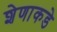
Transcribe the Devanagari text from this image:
शेणाकडे